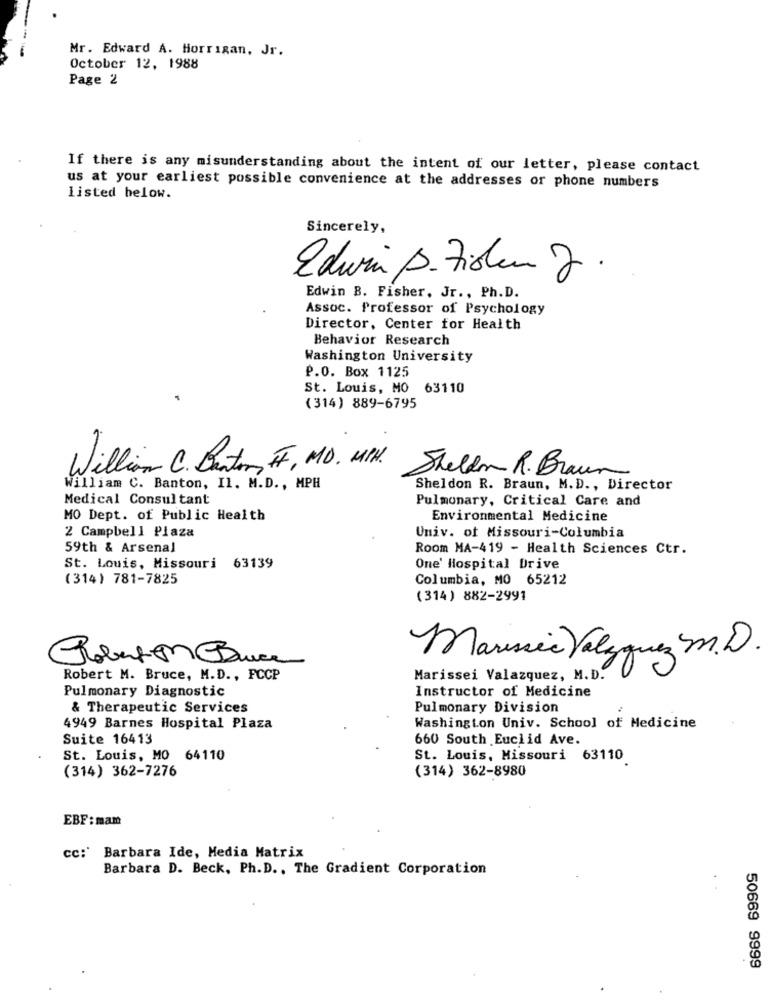
Mr. Edward A. Horrigan, Jr.
October 12, 1988
Page 2
If there is any misunderstanding about the intent of our letter, please contact
us at your earliest possible convenience at the addresses or phone numbers
listed below.
Sincerely,
Edwin B. Zioen J .
Edwin B. Fisher, Jr ., Ph.D.
Assoc. Professor of Psychology
Director, Center for Health
Behavior Research
Washington University
P.O. Box 1125
St. Louis, MO 63110
(314) 889-6795
William C. Burton, IF, MD. MIN. Sheldon R. Braun
William C. Banton, Il. M.D ., MPH
Sheldon R. Braun, M.D ., Director
Medical Consultant
Pulmonary, Critical Care and
MO Dept. of Public Health
Environmental Medicine
2 Campbell Plaza
Univ. of Missouri-Columbia
59th & Arsenal
Room MA-419 - Health Sciences Ctr.
St. Louis, Missouri 63139
One' Hospital Drive
(314) 781-7825
Columbia, MO 65212
(314) 882-2991
Polation Bruce
Marussia Valyquez m.D.
Robert M. Bruce, M.D ., FCCP
Marissei Valazquez, M.D.
Pulmonary Diagnostic
Instructor of Medicine
& Therapeutic Services
Pulmonary Division
4949 Barnes Hospital Plaza
Washington Univ. School of Medicine
Suite 16413
660 South Euclid Ave.
St. Louis, MO 64110
St. Louis, Missouri 63110
(314) 362-7276
(314) 362-8980
EBF: mam
cc:' Barbara Ide, Media Matrix
Barbara D. Beck, Ph.D ., The Gradient Corporation
50669 9999